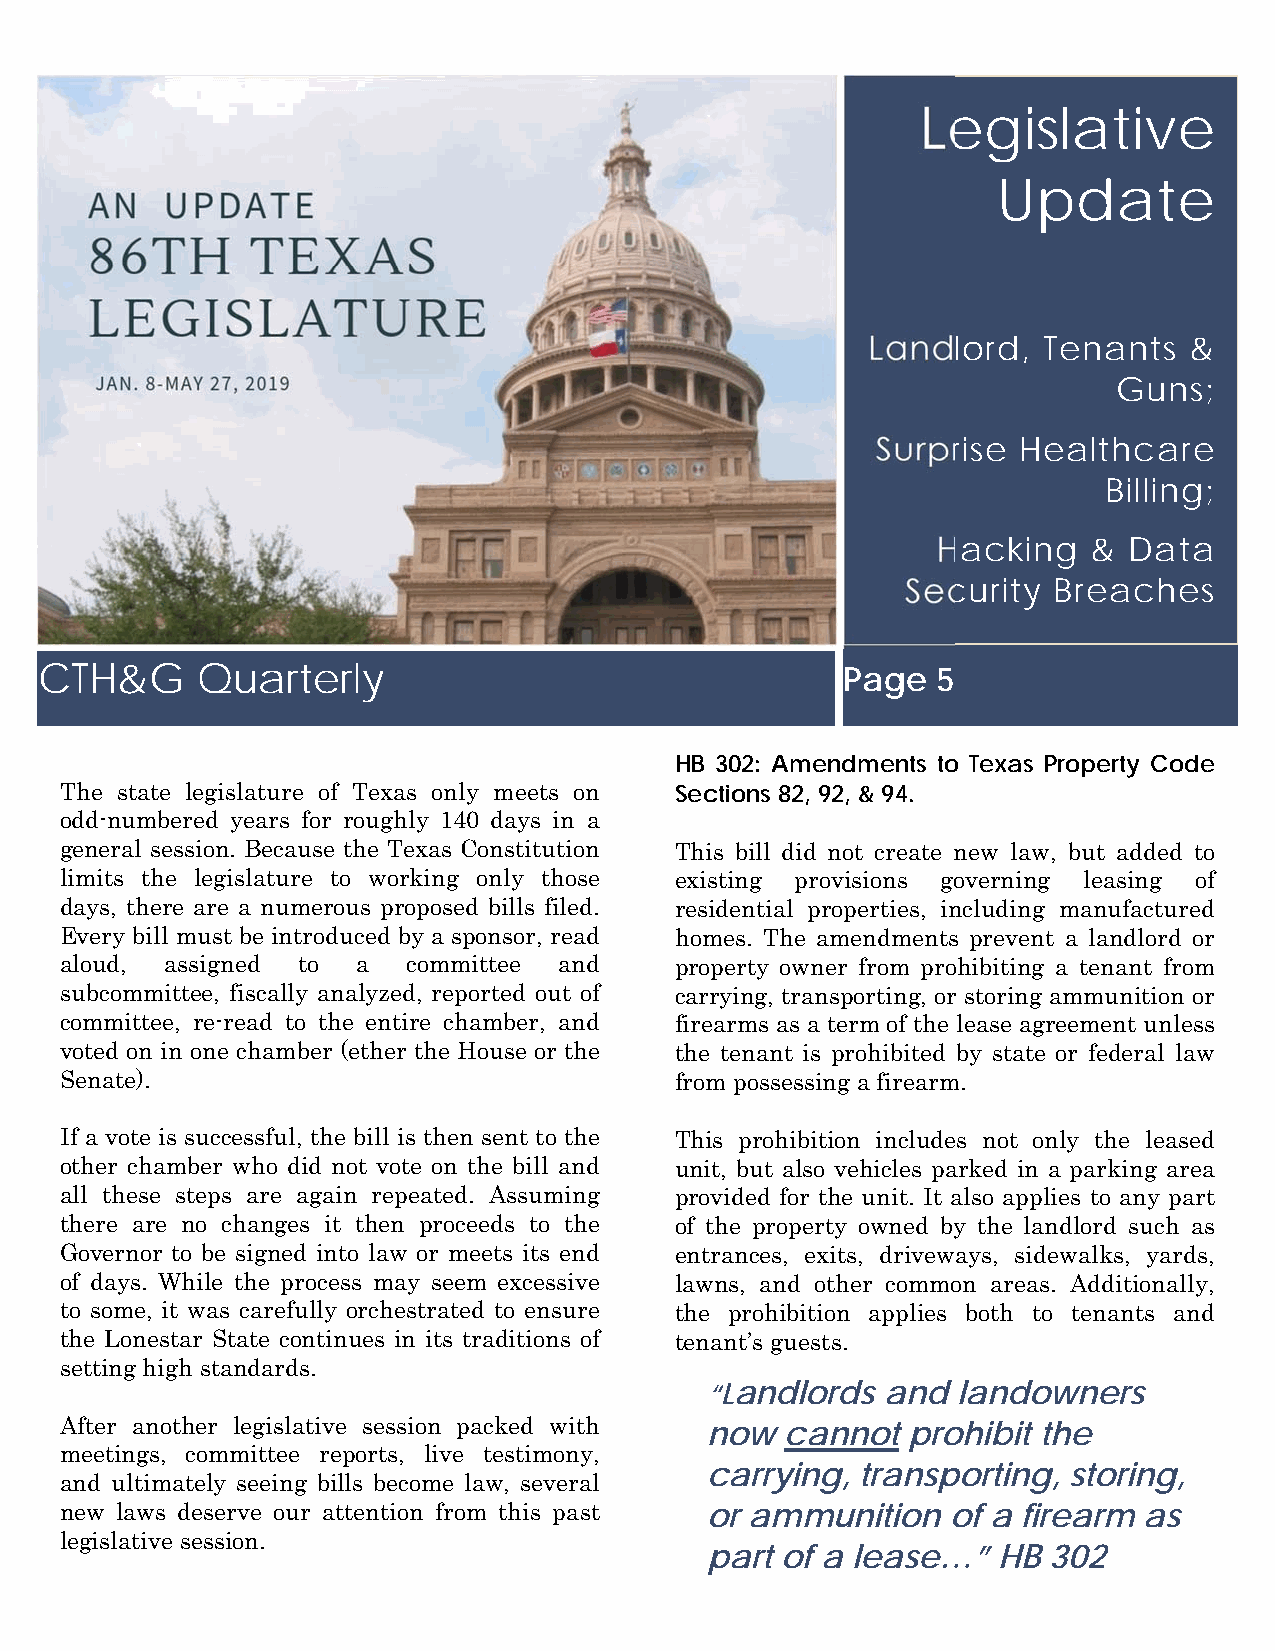
Legislative
 Update
 Landlord,   Tenants   &
 Guns;
 Surprise Healthcare
 Billing;
 Hacking   &  Data
 Security  Breaches
 CTH&G      Quarterly                                  Page  5
 HB 302: Amendments to Texas Property Code
 The state legislature of Texas only meets on Sections 82, 92, & 94.
 odd-numbered years for roughly 140 days in a
 general session. Because the Texas Constitution This bill did not create new law, but added to
 limits the legislature to working only those existing provisions governing leasing of
 days, there are a numerous proposed bills filed. residential properties, including manufactured
 Every bill must be introduced by a sponsor, read homes. The amendments prevent a landlord or
 aloud, assigned to  a  committee and     property owner from prohibiting a tenant from
 subcommittee, fiscally analyzed, reported out of carrying, transporting, or storing ammunition or
 committee, re-read to the entire chamber, and firearms as a term of the lease agreement unless
 voted on in one chamber (ether the House or the the tenant is prohibited by state or federal law
 Senate).                                 from possessing a firearm.
 If a vote is successful, the bill is then sent to the This prohibition includes not only the leased
 other chamber who did not vote on the bill and unit, but also vehicles parked in a parking area
 all these steps are again repeated. Assuming provided for the unit. It also applies to any part
 there are no changes it then proceeds to the of the property owned by the landlord such as
 Governor to be signed into law or meets its end entrances, exits, driveways, sidewalks, yards,
 of days. While the process may seem excessive lawns, and other common areas. Additionally,
 to some, it was carefully orchestrated to ensure the prohibition applies both to tenants and
 the Lonestar State continues in its traditions of tenant’s guests.
 setting high standards.
 “Landlords  and landowners
 After another legislative session packed with now cannot prohibit the
 meetings, committee reports, live testimony,
 carrying, transporting, storing,
 and ultimately seeing bills become law, several
 new laws deserve our attention from this past or ammunition of a firearm as
 legislative session.
 part of a lease…”  HB 302